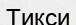
Тикси